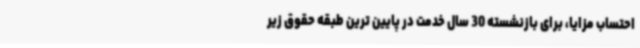
احتساب مزایا، برای بازنشسته 30 سال خدمت در پایین ترین طبقه حقوق زیر